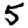
Digit: 5